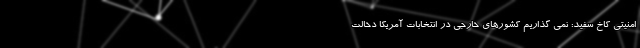
امنیتی کاخ سفید: نمی گذاریم کشورهای خارجی در انتخابات آمریکا دخالت